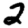
Digit: 2